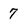
Character: 7